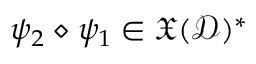
\psi _ { 2 } \diamond \psi _ { 1 } \in \mathfrak { X } ( \mathcal { D } ) ^ { * }